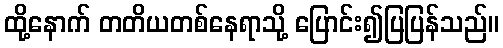
ထို့နောက် တတိယတစ်နေရာသို့ ပြောင်း၍ပြပြန်သည်။